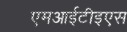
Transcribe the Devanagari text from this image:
एमआईटीइएस